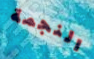
النجمة